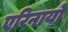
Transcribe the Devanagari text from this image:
एरिनायो